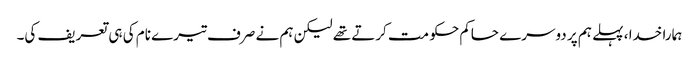
ہمارا خدا ، پہلے ہم پر دوسرے حاکم حکو مت کرتے تھے لیکن ہم نے صرف تیرے نام کی ہی تعریف کی۔